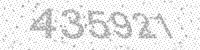
Solution: 435921